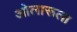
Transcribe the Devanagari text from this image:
ओलारूला